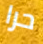
حرا